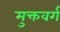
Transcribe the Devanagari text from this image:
मुक्तवर्ग